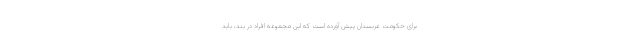
برای حکومت عربستان پیش آورده است که این مجموعه افراد در بند، باید